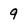
Character: 9